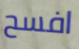
افسح